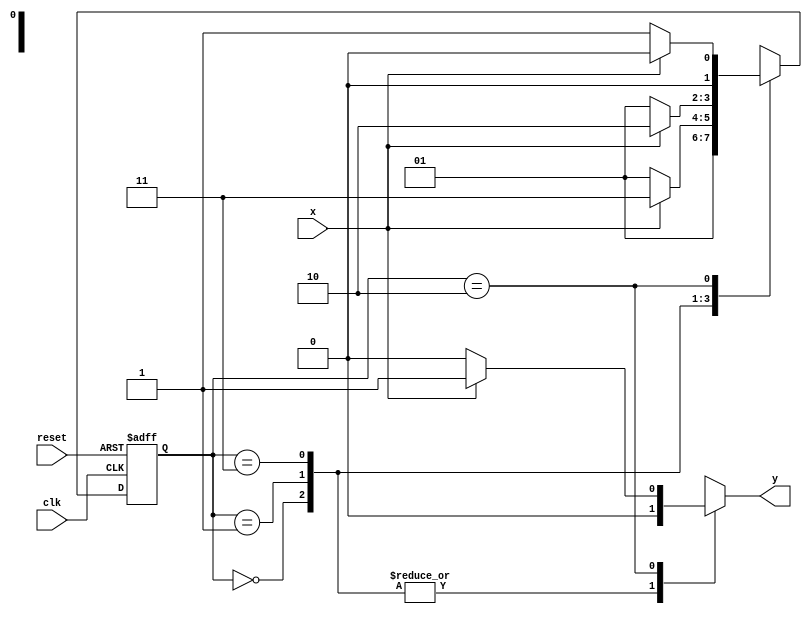
// Exemplo0055 - Maquinas de estados finitos
// Nome: Andr Henriques Fernandes
//-----------
// Mealy FSM
//-----------
/* 
							Mealy FSM Diagram 
		  _____________________________________
		 /										  			\ 
	  	v		0 	   		1 				1 		  1|  // found 
	[start] ---> [idx] ---> [idx1] ---> [idx11] 
			 	1	  ^ \0 		   0| 			  0| // not found 
			 		  \_/ 		   / 				   | 
		 			   \__________/					/ 
		  				 \								  / 
		   			  \______________________/ 
*/ 

//constant definitions
`define found		1
`define notfound	0

//FSM by Mealy
module mealyx111(y,x,clk,reset);
	output y;
	input x;
	input clk;
	input reset;
	
	reg y;
	
	parameter	//state identifiers
		start = 2'b00,
		idx = 2'b01,
		idx1 = 2'b11,
		idx11 = 2'b10;
		
		reg [1:0] E1;	//current state variables
		reg [1:0] E2;	//next state logic output
		
		//next state logic
		always @ (x or E1)
			begin
				y = `notfound;
				
				case (E1)
					start:
						E2 = idx;
					idx:
						if (x)
							E2 = idx1;
						else
							E2 = idx;
					idx1:
						if (x)
							E2 = idx11;
						else
							E2 = idx;
					idx11:
						if (x)
							begin
								E2 = start;
								y = `found;
							end
						else
							begin
								E2 = idx;
								y = `notfound;
							end
					default:		//undefined state
						E2 = 2'bxx;
				endcase
			end //always at signal or state changing
			
		//state variables
			always @ (posedge clk or negedge reset)
				begin
					if (reset)
						E1 = E2;	//updates current state
					else
						E1 = start;	//reset
				end //always at signal changing
				
endmodule //mealyx111

// -----------
//	Test Mealy
// -----------
module testMealyx111;
	reg x,reset,clk;
	wire y;
	
	mealyx111 m1(y,x,clk,reset);
	
	initial
		begin
			x = 1'b1;
			reset = 1'b1;
			clk = 1'b0;
		end
	
	initial
		begin
		
		$display("MealyX111\nAndre Henriques - 427386");
		
		$display("Clk  Rst  x  y");
		#2 x = 1'b0;
		#2 x = 1'b1;
		#6 $finish;
		end
		
	always
		#1 clk = ~clk;
	
	always @(posedge clk)
		begin
			$display("%d	%b  %b  %b",$time,reset,x,y);
		end

endmodule //testMealy

/* -- Documentacao complementar
 
 		Historico
 Nome						Data				Modificacao
 Mealy1101			30/09/2011		FSM by Mealy
 Moore1101			30/09/2011		FSM by Moore
 Exemplo0051		30/09/2011		FSM by Mealy and Moore
 Exemplo0052		01/10/2011		FSM by Mealy - sequencia 101 com intersecao
 Exemplo0053		01/10/2011		FSM by Moore - sequencia 1010 sem intersecao
 Exemplo0054		03/10/2011		FSM by Mealy - primeira sequencia 0111
 Exemplo0055		03/10/2011		FSM by Mealy - sequencia de 4 bits terminada em 111


			Testes e Resultados

 Mealy1101
 	*obs: nao conseguir fazer o programa identificar 1101, por isso,
			nao pude realizar mais testes
			
 Moore1101
 	*obs: nao conseguir fazer o programa identificar 1101, por isso,
			nao pude realizar mais testes
			
 Exemplo0051
 	Mealy conseguiu identificar a entrada 1101, mas a saida final da FSM de Moore foi x.
	
 Exemplo0052
 	*obs: nao conseguir fazer o programa identificar 101, por isso,
			nao pude realizar mais testes

 Exemplo0053
 	*obs: nao conseguir fazer o programa identificar 1010, por isso,
			nao pude realizar mais testes
			
 Exemplo0054
 	*obs: nao conseguir fazer o programa identificar 0111, por isso,
			nao pude realizar mais testes
			
 Exemplo0055
 	*obs: nao conseguir fazer o programa identificar 111, por isso,
			nao pude realizar mais testes
*/